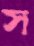
স